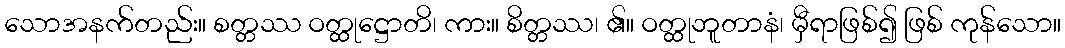
သောအနက်တည်း။ စတ္တဿ ဝတ္ထုဋ္ဌောတိ၊ ကား။ စိတ္တဿ၊ ၏။ ဝတ္ထုဘူတာနံ၊ မှီရာဖြစ်၍ ဖြစ် ကုန်သော။